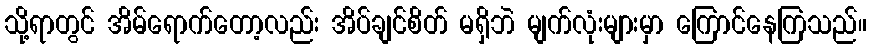
သို့ရာတွင် အိမ်ရောက်တော့လည်း အိပ်ချင်စိတ် မရှိဘဲ မျက်လုံးများမှာ ကြောင်နေကြသည်။